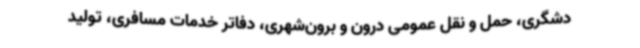
دشگری، حمل و نقل عمومی درون و برون‌شهری، دفاتر خدمات مسافری، تولید